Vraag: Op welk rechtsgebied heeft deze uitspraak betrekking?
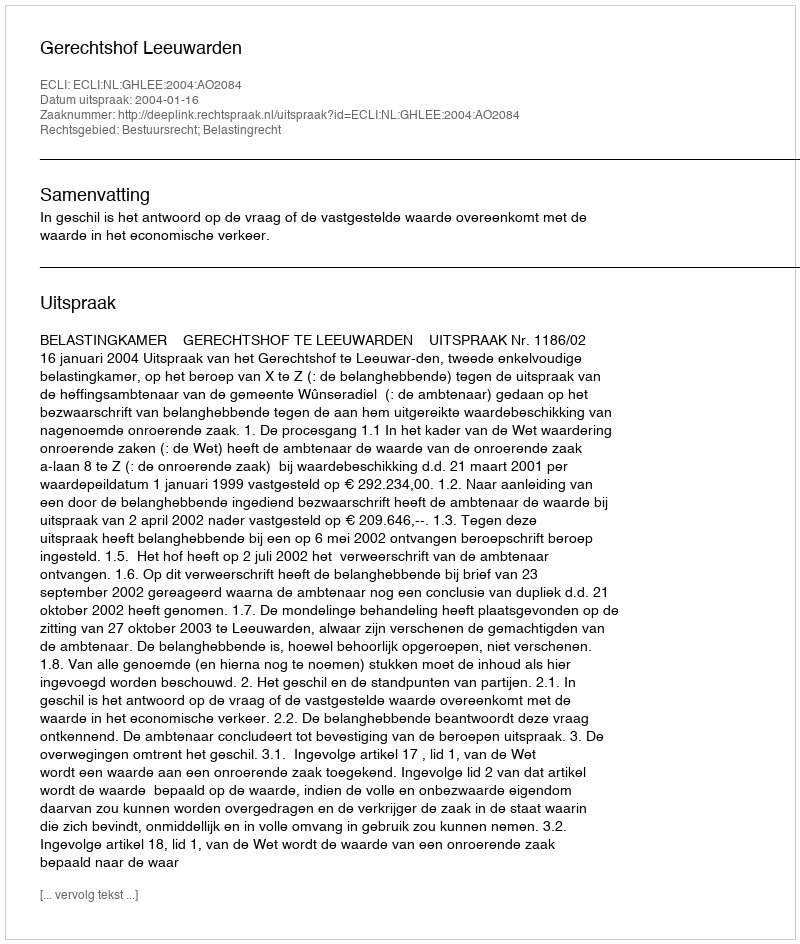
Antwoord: Bestuursrecht; Belastingrecht